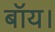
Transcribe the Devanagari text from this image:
बॉय।